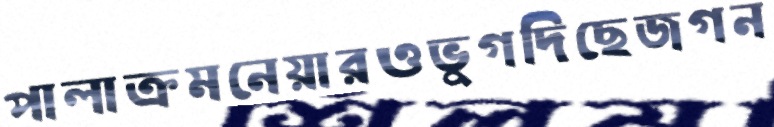
পালাক্রমনেয়ারওভুগদিছেজগন